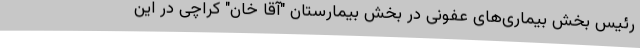
رئیس بخش بیماری‌های عفونی در بخش بیمارستان "آقا خان" کراچی در این